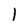
Character: 1